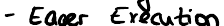
- Eager Execution